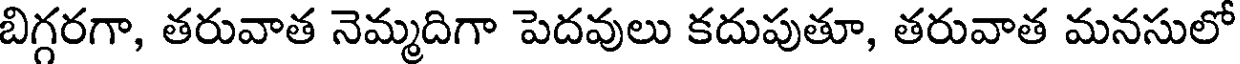
బిగ్గరగా, తరువాత నెమ్మదిగా పెదవులు కదుపుతూ, తరువాత మనసులో